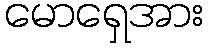
မောရှေအား